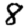
Digit: 8